Scottish Certificate of Education, 1963
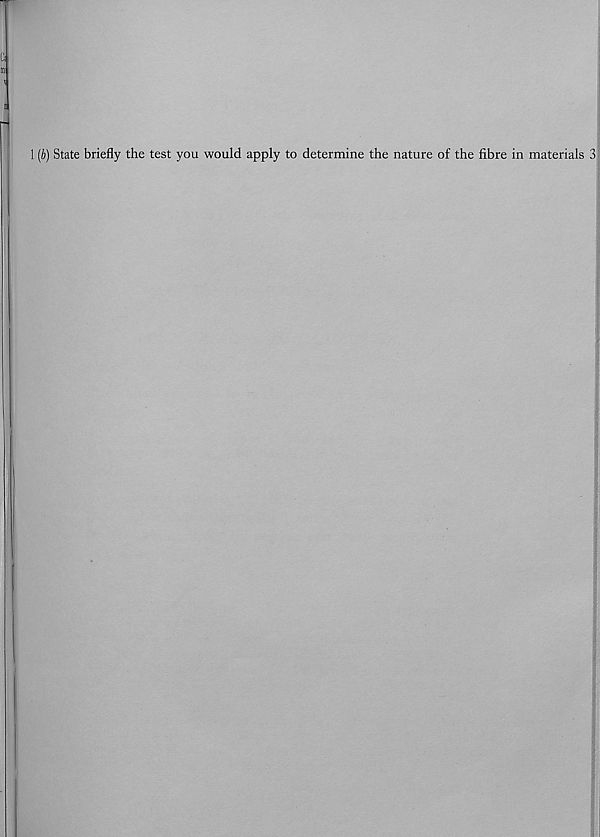
1 (b) State briefly the test you would apply to determine the nature of the fibre in materials 3